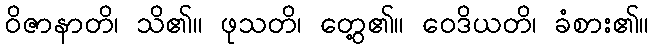
ဝိဇာနာတိ၊ သိ၏။ ဖုသတိ၊ တွေ့၏။ ဝေဒိယတိ၊ ခံစား၏။